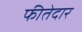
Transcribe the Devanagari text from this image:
फीतेदार